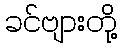
ခင်ဗျားတို့